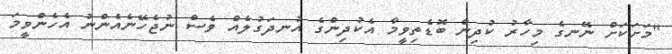
"މަށަކަށް ނޭނގެ މިހާރު ކުދިން ބޮޑެތިވީމާ އެކުދިންގެ އުނދަގުލެއް ވެސް ނުޖެހޭނެއެންނު އެހެންވީމަ